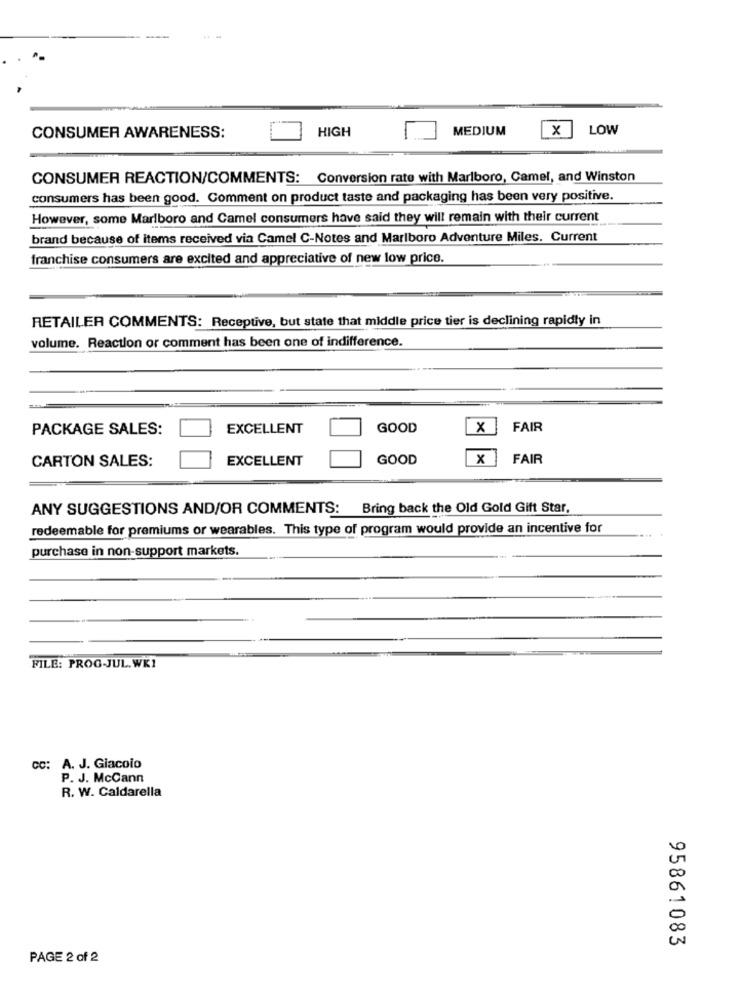
HIGH
MEDIUM
x
LOW
CONSUMER AWARENESS:
CONSUMER REACTION/COMMENTS: Conversion rate with Marlboro, Camel, and Winston
consumers has been good. Comment on product taste and packaging has been very positive.
However, some Marlboro and Camel consumers have said they will remain with their current
brand because of items received via Camel C-Notes and Marlboro Adventure Miles. Current
franchise consumers are excited and appreciative of new low price.
RETAILER COMMENTS: Receptive, but state that middle price tier is declining rapidly in
volume. Reaction or comment has been one of indifference.
PACKAGE SALES:
EXCELLENT
GOOD
x
FAIR
CARTON SALES:
EXCELLENT
GOOD
x
FAIR
ANY SUGGESTIONS AND/OR COMMENTS: Bring back the Old Gold Gift Star,
redeemable for premiums or wearables. This type of program would provide an incentive for
purchase in non-support markets.
FILE: PROG-JUL.WK1
cc: A. J. Giacoio
P. J. McCann
R. W. Caldarella
95861083
PAGE 2 of 2